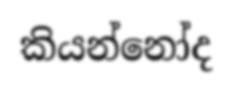
කියන්නෝද